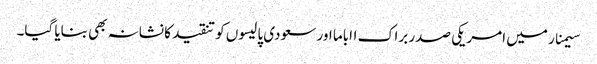
سیمنار میں امریکی صدر براک ااباما اور سعودی پالیسوں کو تنقید کا نشانہ بھی بنایا گیا۔